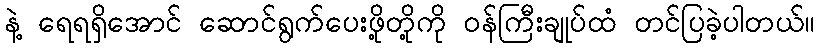
နဲ့ ရေရရှိအောင် ဆောင်ရွက်ပေးဖို့တို့ကို ၀န်ကြီးချုပ်ထံ တင်ပြခဲ့ပါတယ်။